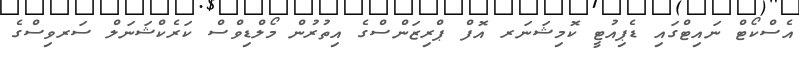
އެސްކޯޓް ނައިޓްގައި ޑެޕިއުޓީ ކޮމިޝަނަރ އޮފް ޕްރިޒަންސްގެ އިތުރުން މޯލްޑިވްސް ކަރެކްޝަނަލް ސަރވިސްގެ